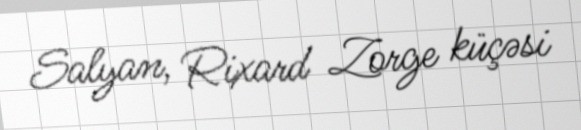
Salyan, Rixard Zorge küçəsi